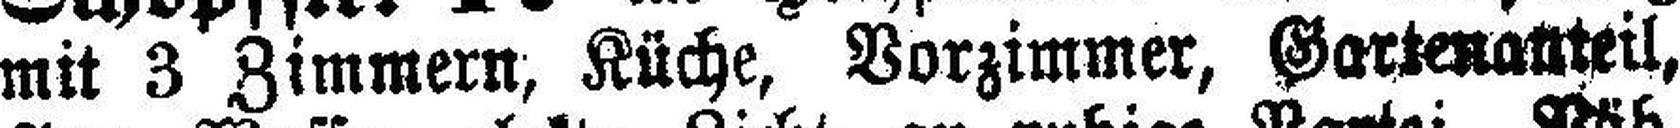
mit 3 Zimmern, Küche, Vorzimmer, Gartenanteil,